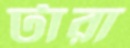
টারা